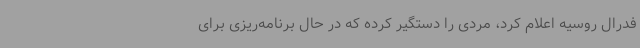
فدرال روسیه اعلام کرد، مردی را دستگیر کرده که در حال برنامه‌ریزی برای